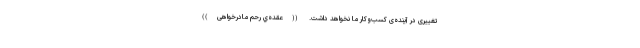
تغییری در آینده‌ی کسب‌وکار ما نخواهد داشت. ((عقده‌ي رحم مادرخواهی))